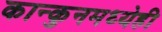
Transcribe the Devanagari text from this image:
कान्कुनमध्येही